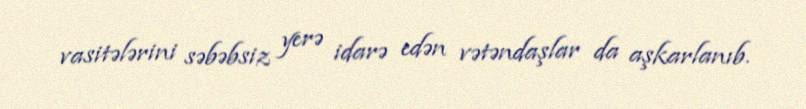
vasitələrini səbəbsiz yerə idarə edən vətəndaşlar da aşkarlanıb.